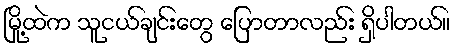
မြို့ထဲက သူငယ်ချင်းတွေ ပြောတာလည်း ရှိပါတယ်။